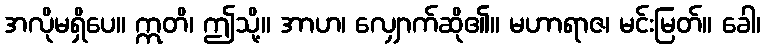
အလိုမရှိပေ။ ဣတိ၊ ဤသို့။ အာဟ၊ လျှောက်ဆို၏။ မဟာရာဇ၊ မင်းမြတ်။ ခေါ၊